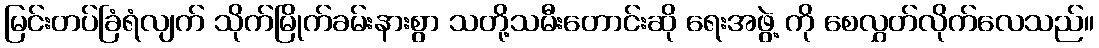
မြင်းတပ်ခြံရံလျက် သိုက်မြိုက်ခမ်းနားစွာ သတို့သမီးတောင်းဆို ရေးအဖွဲ့ ကို စေလွှတ်လိုက်လေသည်။